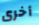
أخرى